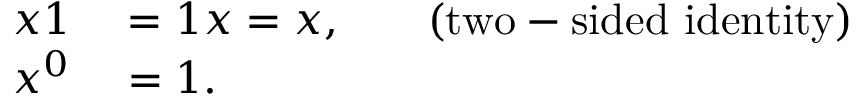
\begin{array} { r l r l } { x 1 } & { { } = 1 x = x , } & { } & { { } { \mathrm { ( t w o - s i d e d ~ i d e n t i t y ) } } } \\ { x ^ { 0 } } & { { } = 1 . } \end{array}